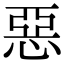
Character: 惡